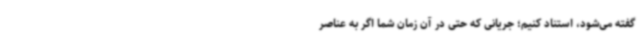
گفته می‌شود، استناد کنیم؛ جریانی که حتی در آن زمان شما اگر به عناصر